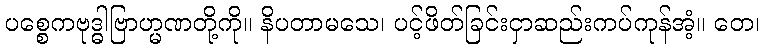
ပစ္စေကဗုဒ္ဓါဗြာဟ္မဏတို့ကို။ နိပတာမသေ၊ ပင့်ဖိတ်ခြင်းငှာဆည်းကပ်ကုန်အံ့။ တေ၊